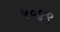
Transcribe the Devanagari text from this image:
५०४९